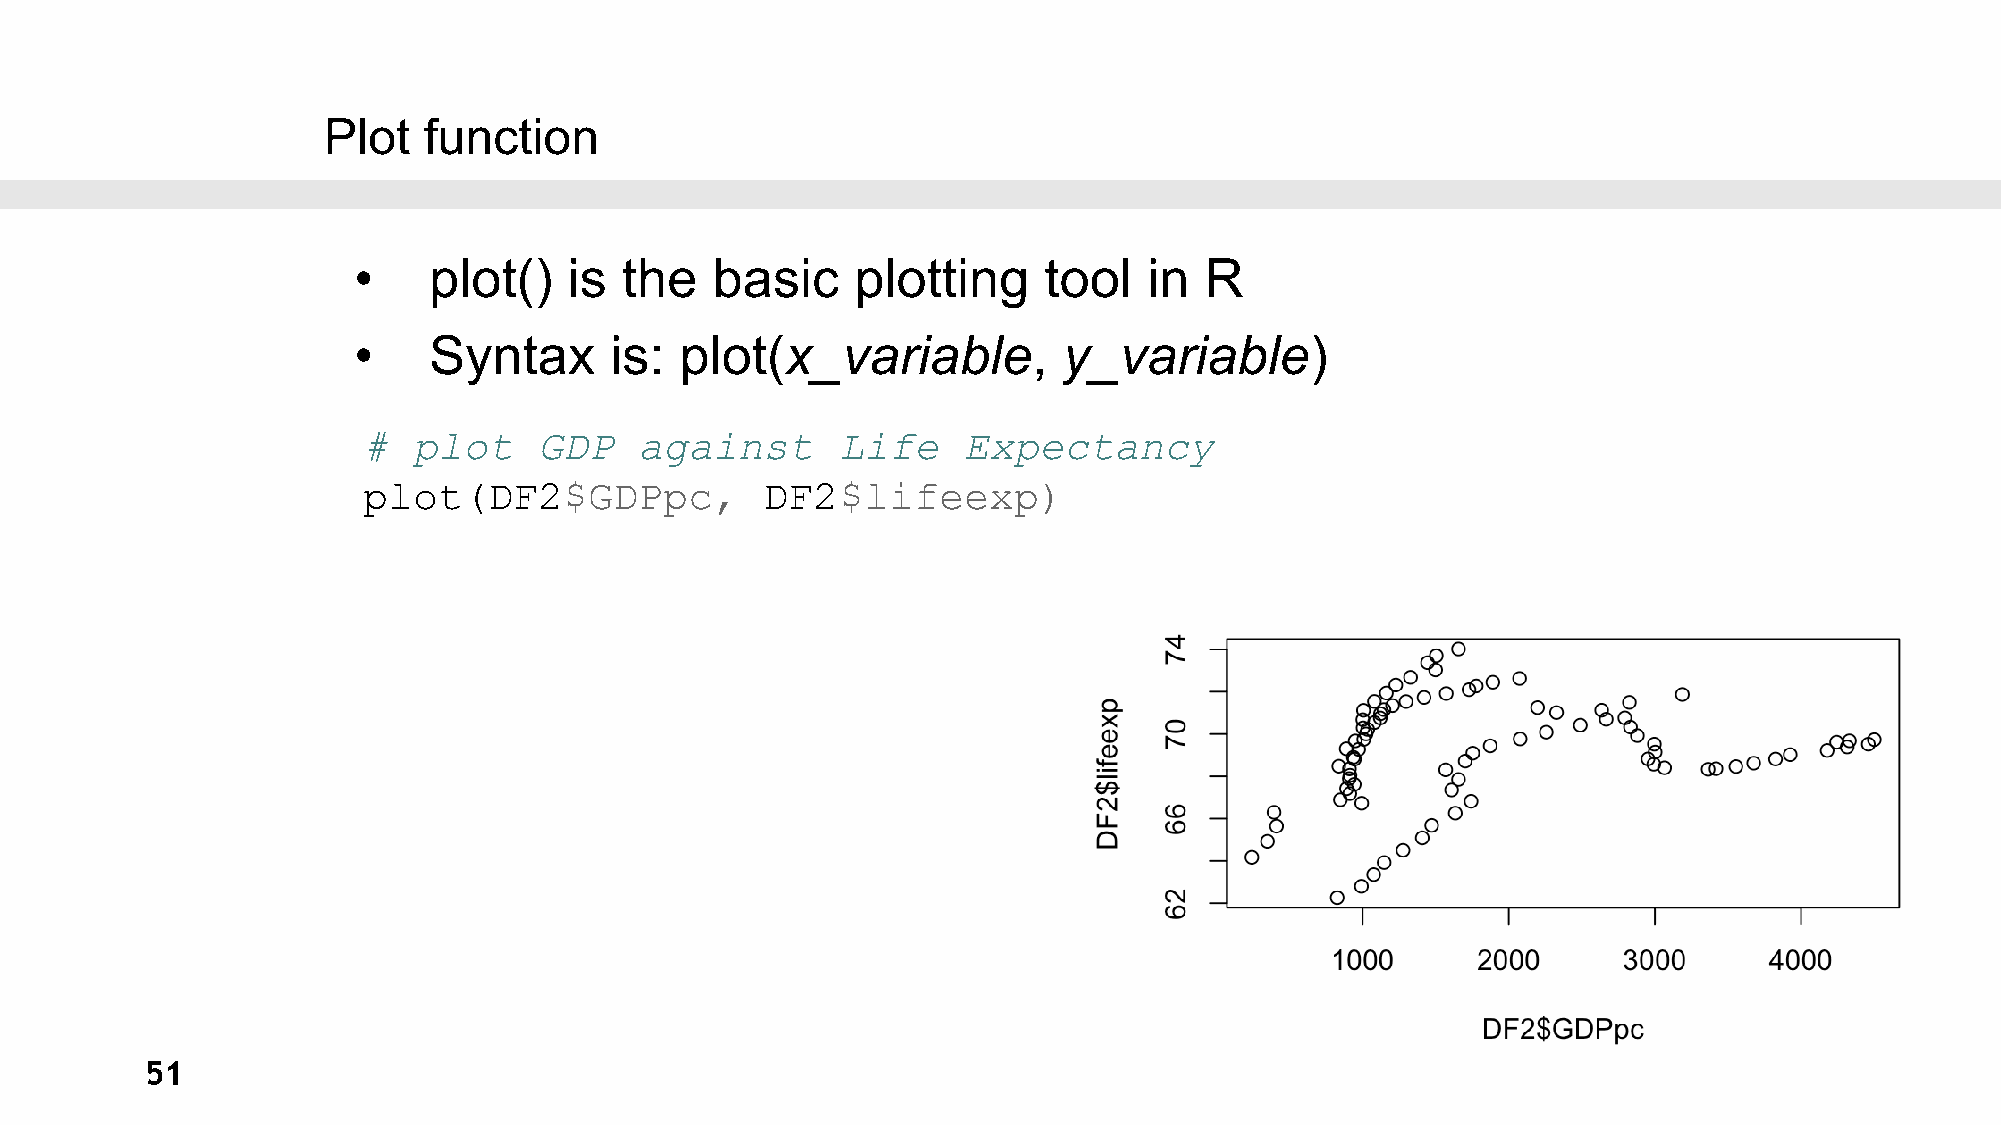
Plot   function
 •    plot()    is the   basic     plotting    tool   in  R
 •    Syntax      is:  plot(x_variable,         y_variable)
 #  plot     GDP   against      Life     Expectancy
 plot(DF2$GDPpc,            DF2$lifeexp)
 51